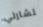
تشارلي